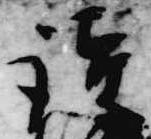
読